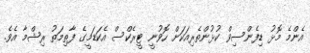
އެންމެ މޮޅު ޑިފެންސިވް ކުޅުންތެރިއަކަށް ހޮވުނީ ޓީރެކްސް އެކަޑަމީގެ ފާތިމަތު ރިޝްމާ އެވެ.